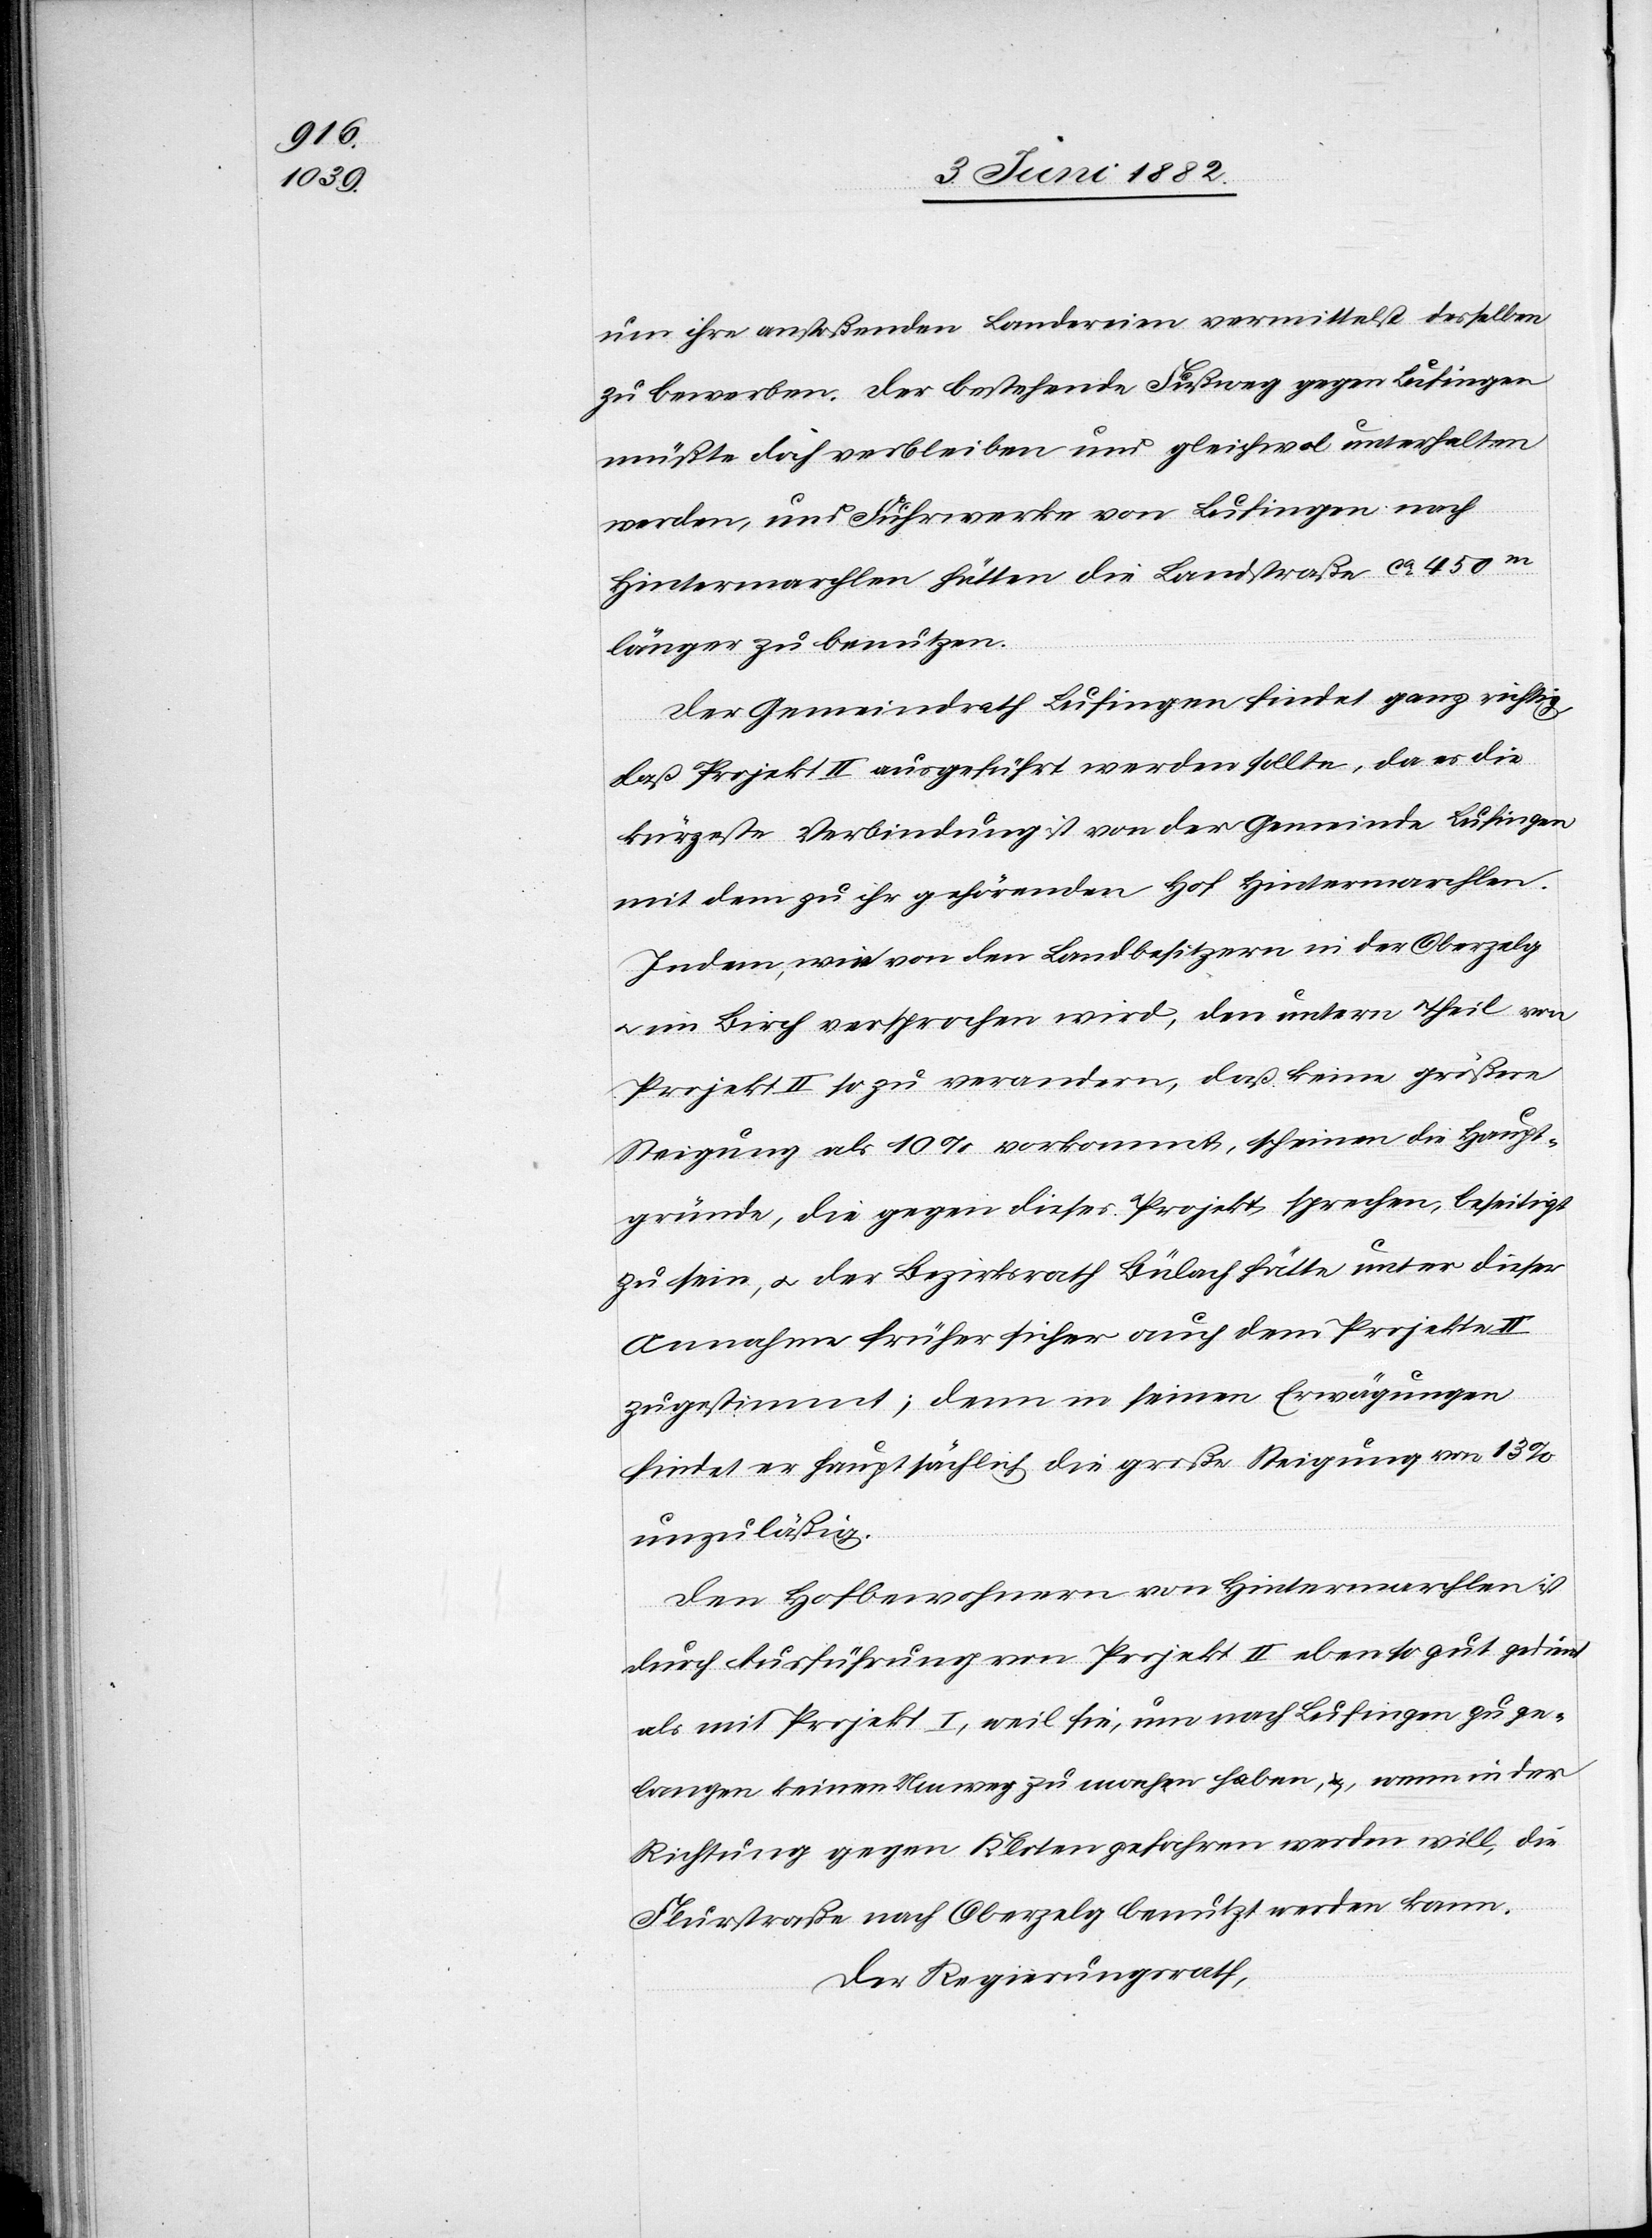
um ihre anstoßenden Ländereien vermittelst derselben
zu bewerben. Der bestehende Fußweg gegen Lufingen
müßte doch verbleiben und gleichwol unterhalten
werden, und Fuhrwerke von Lufingen nach
Hintermarchlen hätten die Landstraße ca 450m
länger zu benutzen.
Der Gemeindrath Lufingen findet ganz richtig,
daß Projekt II ausgeführt werden sollte, da es die
kürzeste Verbindung ist von der Gemeinde Lufingen
mit dem zu ihr gehörenden Hof Hintermarchlen.
Indem wie von den Landbesitzern in Oberzelg
u. im Birch versprochen wird, den untern Theil von
Projekt II so zu verändern, daß keine größere
Steigung als 10% vorkommt, scheinen die Haupt¬
gründe, die gegen dieses Projekt sprechen, beseitigt
zu sein, u. der Bezirksrath Bülach hätte unter dieser
Annahme früher sich auch dem Projekte
zugestimmt; denn in seinen Erwägungen
findet er hauptsächlich die große Steigung von 13%
unzuläßig.
Den Hofbewohnern von Hintermarchlen ist
durch Ausführung von Projekt II ebensogut gedient
als mit Projekt I, weil sie, um nach Lufingen zu ge¬
langen, keinen Umweg zu machen haben, &, wenn in der
Richtung gegen Kloten gefahren werden will, die
Flurstraße nach Oberzelg benutzt werden kann.
Der Regierungsrath,